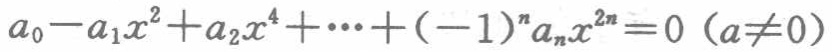
\(a_{0}-a_{1}x^{2}+a_{2}x^{4}+\cdots+(-1)^{n}a_{n}x^{2n}=0\ (a\neq0)\)